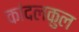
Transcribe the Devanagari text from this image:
कांदलकुल